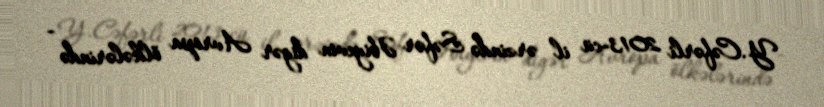
Y.Cəfərli 2013-cü il ərzində Səfər Əbiyevin digər Avropa ölkələrində -